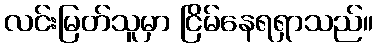
လင်းမြတ်သူမှာ ငြိမ်နေရရှာသည်။